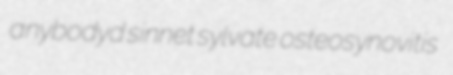
anybodyd sinnet sylvate osteosynovitis